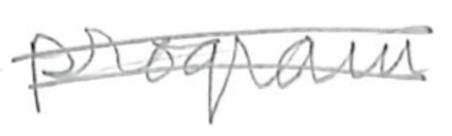
Text: program
Cross-out: double-line
Writing tool: pencil